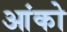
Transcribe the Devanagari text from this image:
आंको